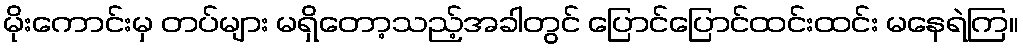
မိုးကောင်းမှ တပ်များ မရှိတော့သည့်အခါတွင် ပြောင်ပြောင်ထင်းထင်း မနေရဲကြ။